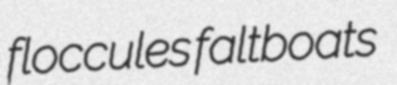
floccules faltboats